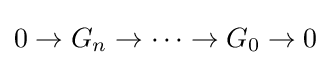
0\to G_{n}\to \cdots \to G_{0}\to 0